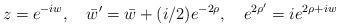
LaTeX: \begin{align*}z = e^{-iw}, \quad \bar w' = \bar w + (i/2) e^{-2\rho}, \quad e^{2\rho'} = ie^{2\rho+i w}\end{align*}